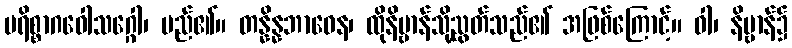
ပရိစ္စာဂဝေါသဂ္ဂေါ၊ မည်၏။ တန္နိန္နဘာဝေန၊ ထိုနိဗ္ဗာန်သို့ညွတ်သည်၏ အဖြစ်ကြောင့်။ ဝါ၊ နိဗ္ဗာန်၌